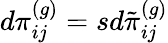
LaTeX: d\pi_{ij}^{(g)}=sd\tilde{\pi}_{ij}^{(g)}